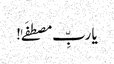
یا ربِّ مصطفَےٰ!